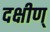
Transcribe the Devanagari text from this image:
दक्षीण्